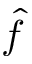
\hat { f }